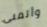
وأتمنى